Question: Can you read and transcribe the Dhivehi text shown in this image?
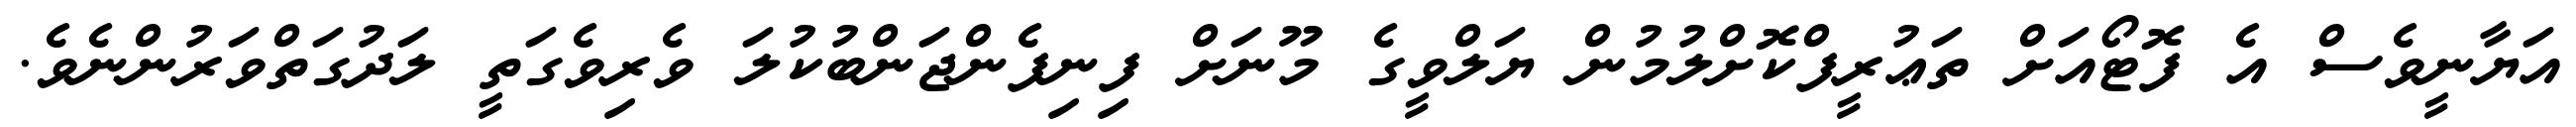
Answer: އަޔާނީވެސް އެ ފޮޓޯއަށް ތަޢުރީފްކޮށްލުމުން ޔަލްވީގެ މޫނަށް ފިނިފެންޖަންބުކުލަ ވެރިވެގަތީ ލަދުގަތްވަރުންނެވެ.